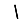
Digit: 1